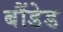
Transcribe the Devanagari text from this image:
बौंडेड